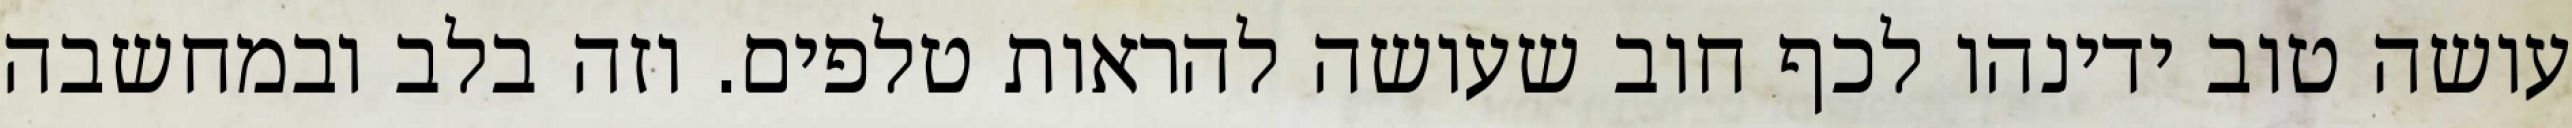
עושה טוב ידינהו לכף חוב שעושה להראות טלפים. וזה בלב ובמחשבה